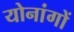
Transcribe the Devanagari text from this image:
योनांगों